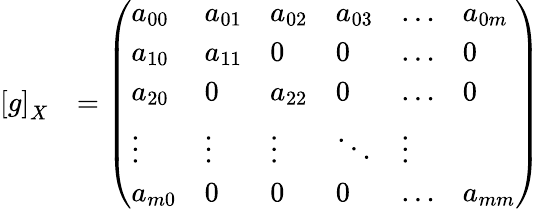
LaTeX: \begin{array}{rl}{\left[g\right]_{X}}&{=\left(\begin{array}{llllll}{a_{00}}&{a_{01}}&{a_{02}}&{a_{03}}&{\dots}&{a_{0m}}\\ {a_{10}}&{a_{11}}&{0}&{0}&{\ldots}&{0}\\ {a_{20}}&{0}&{a_{22}}&{0}&{\ldots}&{0}\\ {\vdots}&{\vdots}&{\vdots}&{\ddots}&{\vdots}\\ {a_{m0}}&{0}&{0}&{0}&{\ldots}&{a_{mm}}\end{array}\right)}\end{array}